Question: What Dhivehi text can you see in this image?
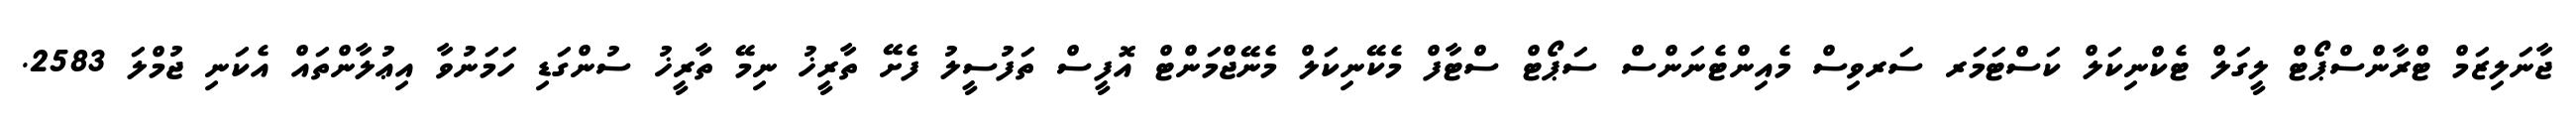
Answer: ޖާނަލިޒަމް ޓްރާންސްޕޯޓް ލީގަލް ޓެކްނިކަލް ކަސްޓަމަރ ސަރވިސް މެއިންޓެނަންސް ސަޕޯޓް ސްޓާފް މެކޭނިކަލް މެނޭޖްމަންޓް އޮފީސް ތަފުސީލު ފެށޭ ތާރީޚު ނިމޭ ތާރީޚު ސުންގަޑި ހަމަނުވާ އިޢުލާންތައް އެކަނި ޖުމްލަ 2583.